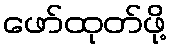
ဖော်ထုတ်ဖို့